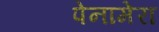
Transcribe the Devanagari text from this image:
पेनामेरा